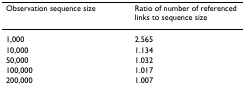
| Observation sequence size | Ratio of number of referenced links to sequence size |
 | --- | --- |
 | 1,000 | 2.565 |
 | 10,000 | 1.134 |
 | 50,000 | 1.032 |
 | 100,000 | 1.017 |
 | 200,000 | 1.007 |